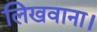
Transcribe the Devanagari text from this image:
लिखवाना।